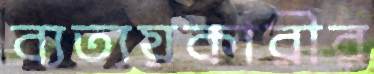
ব্যত্যয়কারীর